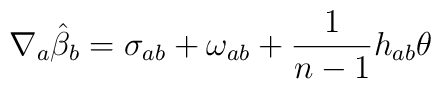
\nabla_{a}\hat \beta_{b} = \sigma_{ab} + \omega_{ab} + \frac{1}{n-1}h_{ab}\theta